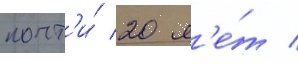
почт'и́ 20 л'е́т /